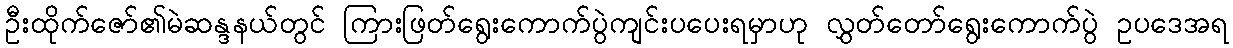
ဦးထိုက်ဇော်၏မဲဆန္ဒနယ်တွင် ကြားဖြတ်ရွေးကောက်ပွဲကျင်းပပေးရမှာဟု လွှတ်တော်ရွေးကောက်ပွဲ ဥပဒေအရ